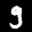
Label: 9